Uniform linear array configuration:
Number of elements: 8
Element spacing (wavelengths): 0.5
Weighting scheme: kaiser
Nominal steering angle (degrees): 60
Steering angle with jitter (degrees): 61.082
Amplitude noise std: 0.05
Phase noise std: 0.05

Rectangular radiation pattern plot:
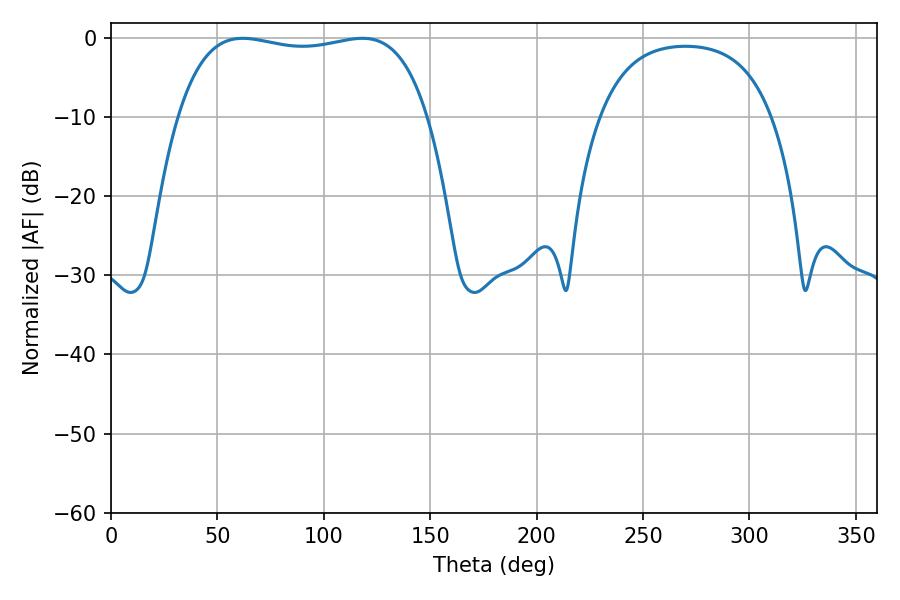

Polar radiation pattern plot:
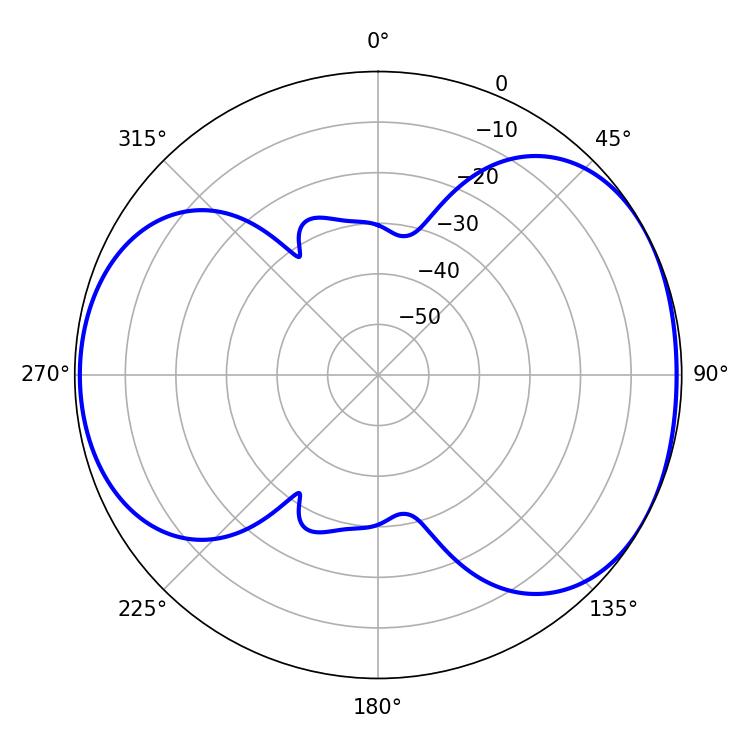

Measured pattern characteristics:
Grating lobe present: FALSE
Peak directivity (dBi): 4.992
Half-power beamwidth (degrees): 94.32
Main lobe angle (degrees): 61.92